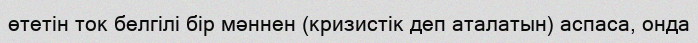
өтетін ток белгілі бір мәннен (кризистік деп аталатын) аспаса, онда